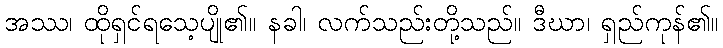
အဿ၊ ထိုရှင်ရသေ့ပျို၏။ နခါ၊ လက်သည်းတို့သည်။ ဒီဃာ၊ ရှည်ကုန်၏။